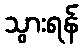
သွားရန်